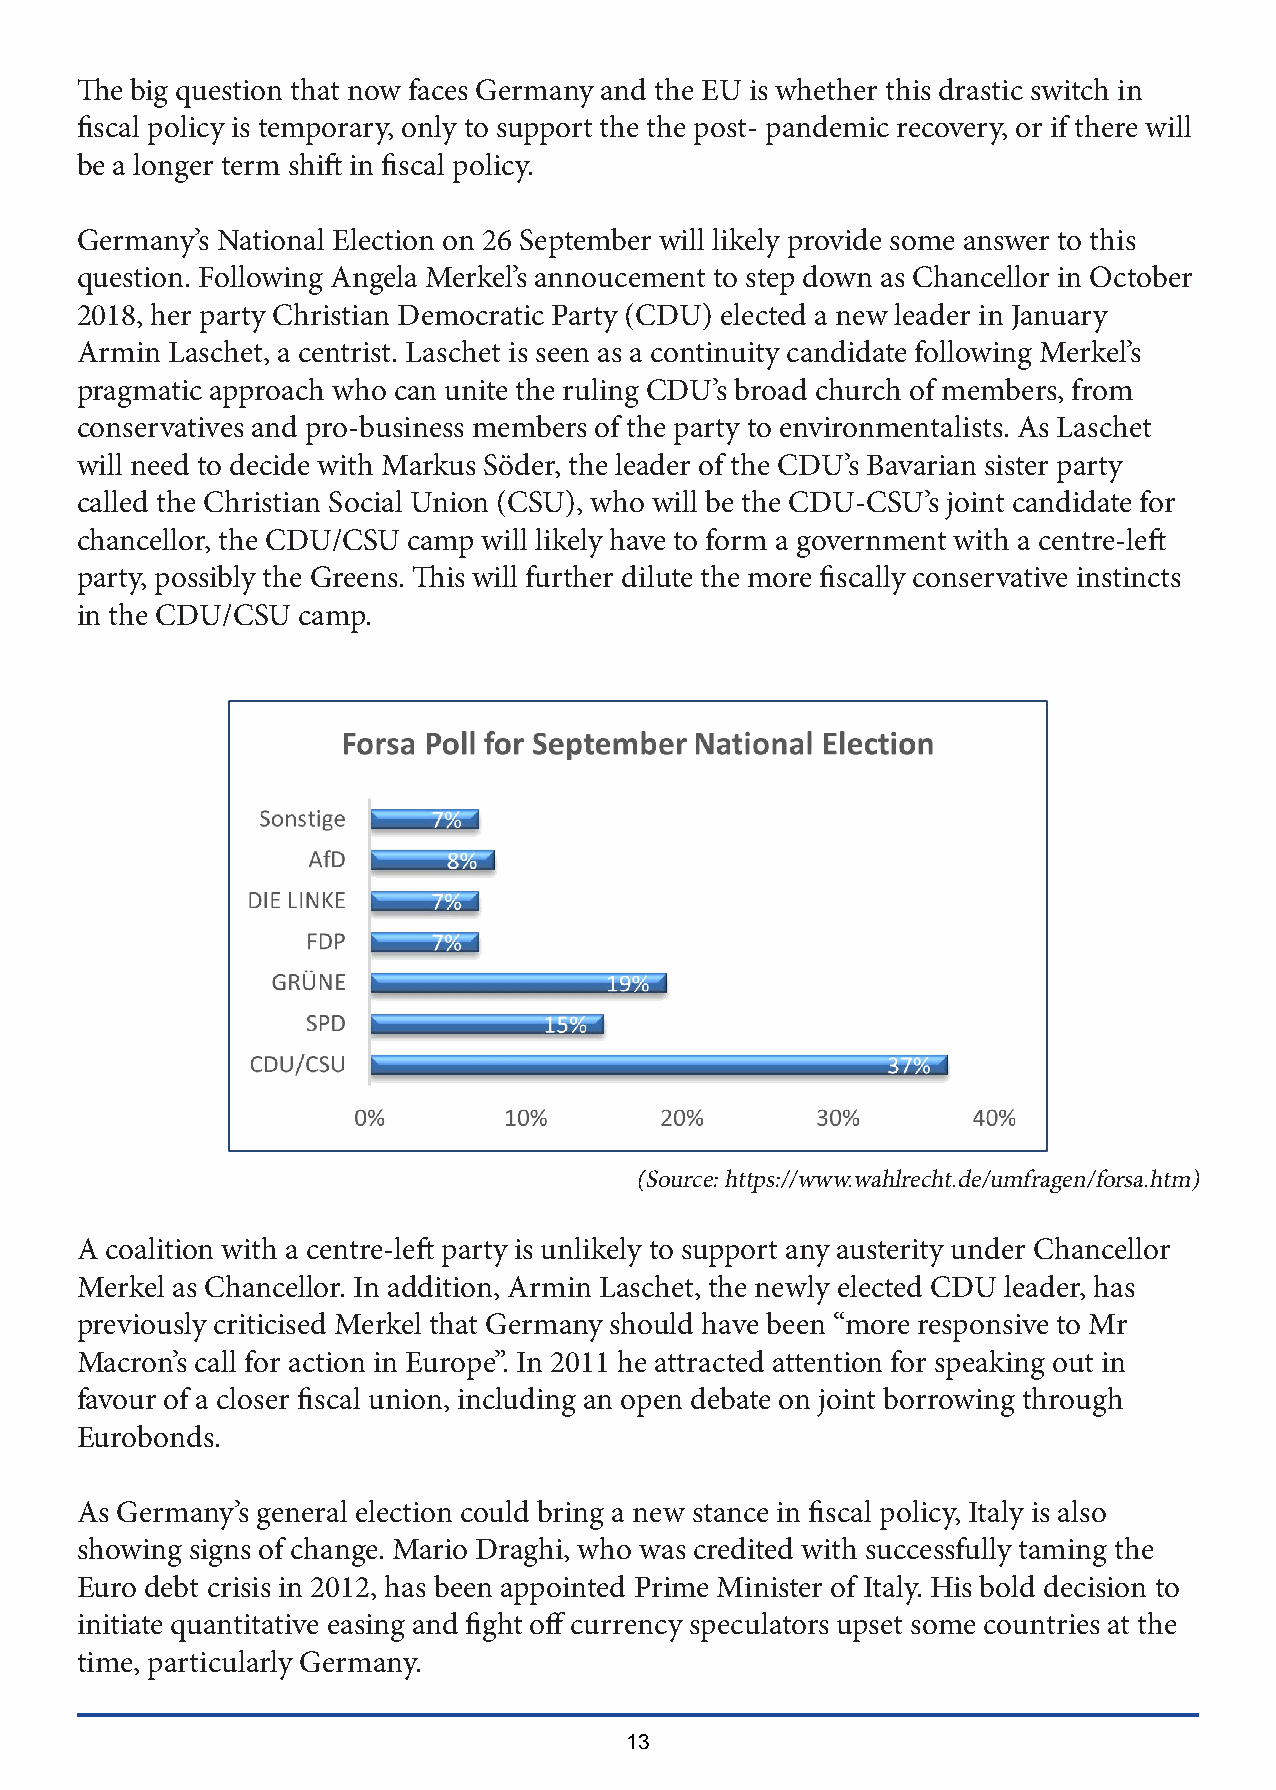
The big question that now faces Germany and the EU is whether this drastic switch in
 fiscal policy is temporary, only to support the the post- pandemic recovery, or if there will
 be a longer term shift in fiscal policy.
 Germany’s National Election on 26 September will likely provide some answer to this
 question. Following Angela Merkel’s annoucement to step down as Chancellor in October
 2018, her party Christian Democratic Party (CDU) elected a new leader in January
 Armin Laschet, a centrist. Laschet is seen as a continuity candidate following Merkel’s
 pragmatic approach who can unite the ruling CDU’s broad church of members, from
 conservatives and pro-business members of the party to environmentalists. As Laschet
 will need to decide with Markus Söder, the leader of the CDU’s Bavarian sister party
 called the Christian Social Union (CSU), who will be the CDU-CSU’s joint candidate for
 chancellor, the CDU/CSU camp will likely have to form a government with a centre-left
 party, possibly the Greens. This will further dilute the more fiscally conservative instincts
 in the CDU/CSU camp.
 (Source: https://www.wahlrecht.de/umfragen/forsa.htm)
 A coalition with a centre-left party is unlikely to support any austerity under Chancellor
 Merkel as Chancellor. In addition, Armin Laschet, the newly elected CDU leader, has
 previously criticised Merkel that Germany should have been “more responsive to Mr
 Macron’s call for action in Europe”. In 2011 he attracted attention for speaking out in
 favour of a closer fiscal union, including an open debate on joint borrowing through
 Eurobonds.
 As Germany’s general election could bring a new stance in fiscal policy, Italy is also
 showing signs of change. Mario Draghi, who was credited with successfully taming the
 Euro debt crisis in 2012, has been appointed Prime Minister of Italy. His bold decision to
 initiate quantitative easing and fight off currency speculators upset some countries at the
 time, particularly Germany.
 13